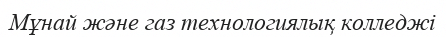
Мұнай және газ технологиялық колледжі